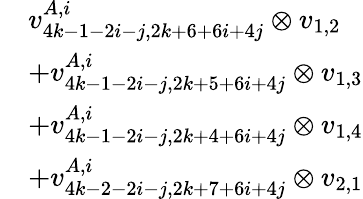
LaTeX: \begin{array}{rl}&{v_{4k-1-2i-j,2k+6+6i+4j}^{A,i}\otimes v_{1,2}}\\ &{+v_{4k-1-2i-j,2k+5+6i+4j}^{A,i}\otimes v_{1,3}}\\ &{+v_{4k-1-2i-j,2k+4+6i+4j}^{A,i}\otimes v_{1,4}}\\ &{+v_{4k-2-2i-j,2k+7+6i+4j}^{A,i}\otimes v_{2,1}}\end{array}